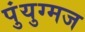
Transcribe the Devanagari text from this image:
पुंयुग्मज